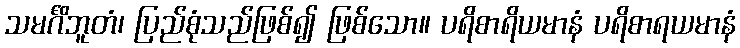
သမင်္ဂိဘူတံ၊ ပြည်စုံသည်ဖြစ်၍ ဖြစ်သော။ ပရိစာရိယမာနံ ပရိစာရယမာနံ